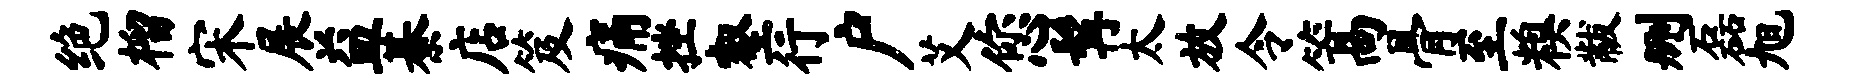
绝榴宋展益綦店笈痛挫壑行户艾您髯太放令篙骨至糗黻删磊旭